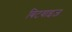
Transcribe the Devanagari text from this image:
बिटवाइज़